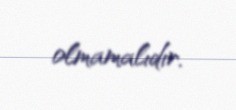
olmamalıdır.